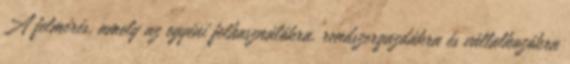
A felmérés, amely az egyéni felhasználókra, rendszergazdákra és vállalkozókra